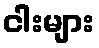
ငါးများ